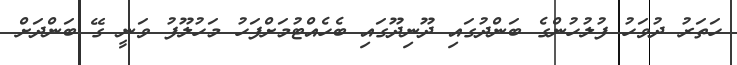
ހަތަރު ދުވަހު ފުލުހުންގެ ބަންދުގައި ދޫނިދޫގައި ބެހެއްޓުމަށްފަހު މަހުލޫފު ވަނީ ގޭ ބަންދަށް